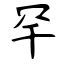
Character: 罕